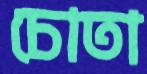
চোতা